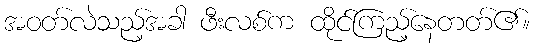
အဝတ်လဲသည့်အခါ ဖီးလစ်က ထိုင်ကြည့်နေတတ်၏။